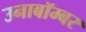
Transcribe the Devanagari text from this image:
उनाबॉम्बर